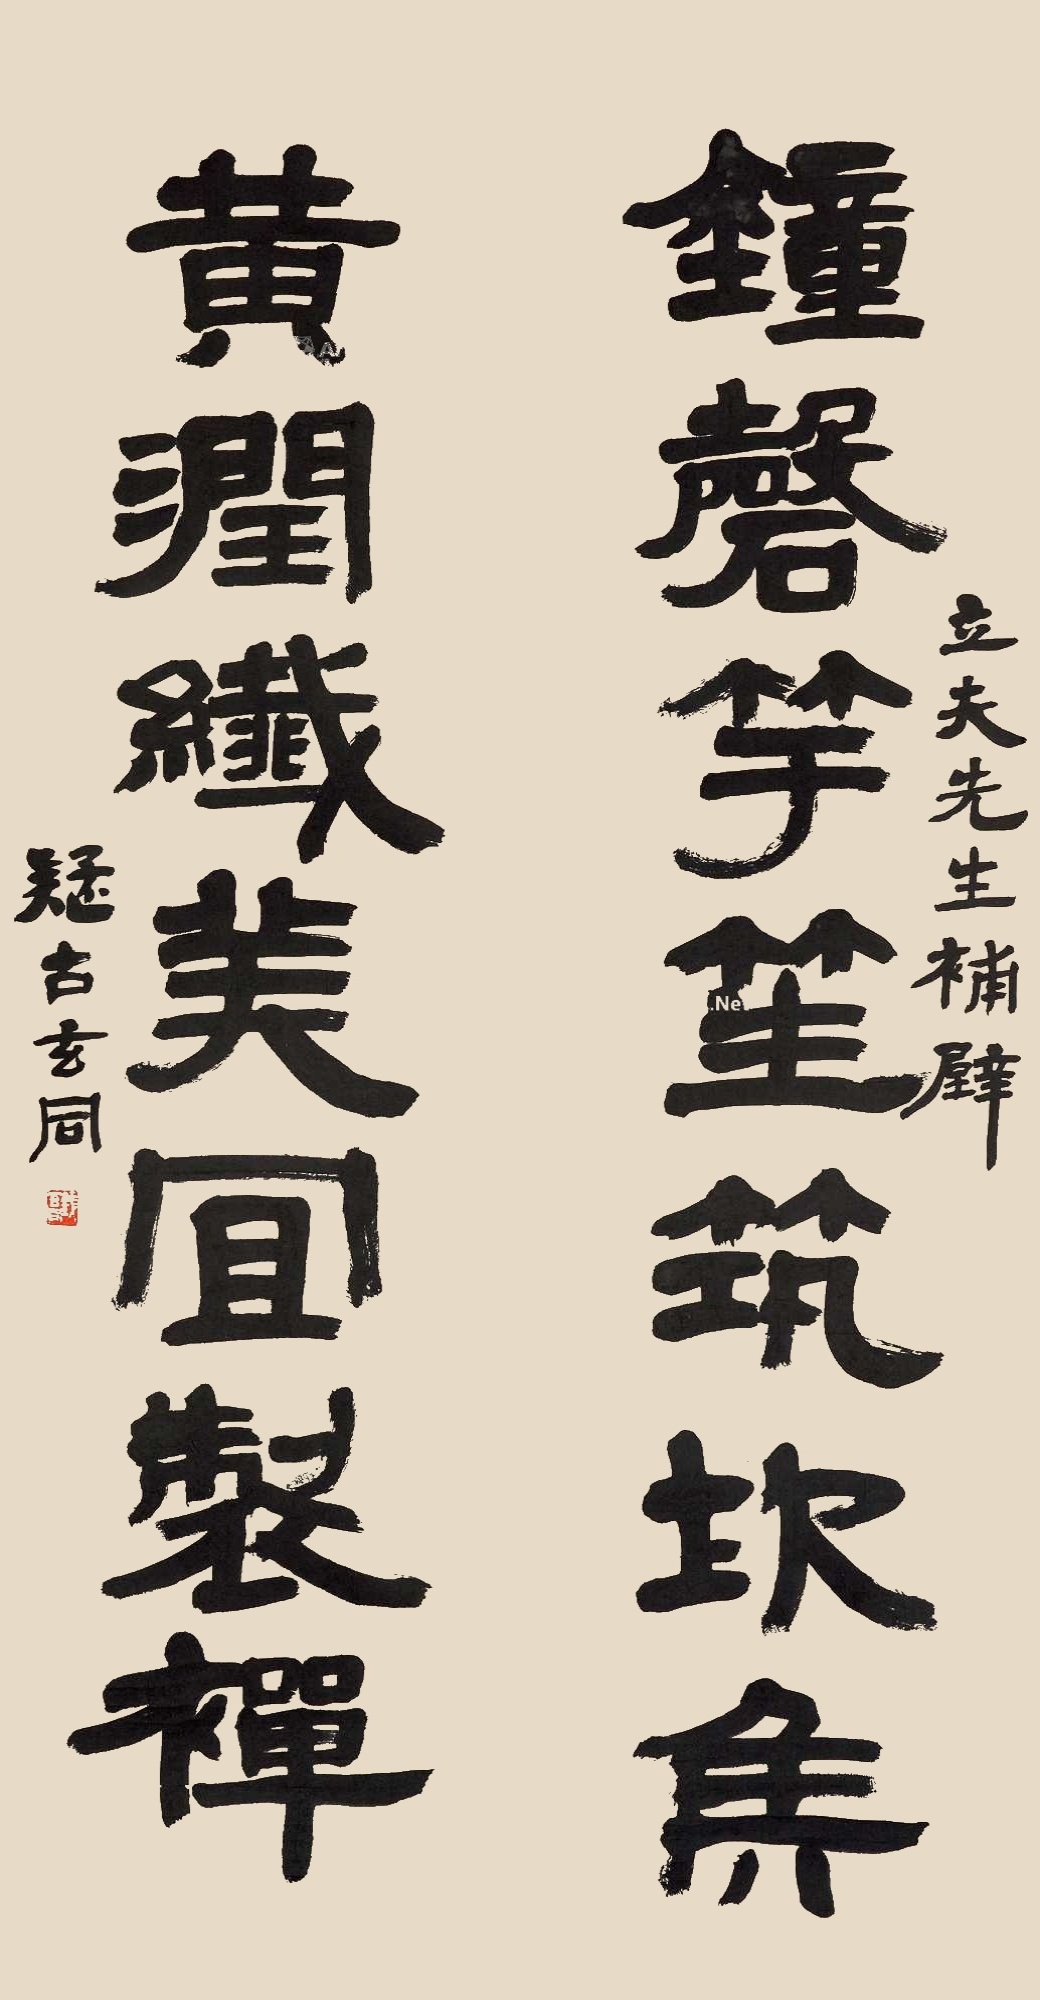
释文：钟盘竿笙筑坎侯，黄润纤美宜制禅。立夫先生补壁，拟古玄同。